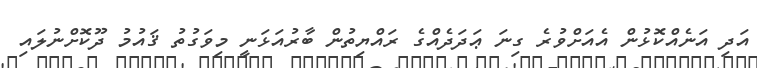
އަދި އަނެއްކޮޅުން އެއަށްވުރެ ގިނަ ޢަދަދެއްގެ ރައްޔިތުން ބާރުއަޅަނީ މިވަގުތު ޤައުމު ދޫކޮށްނުލައި